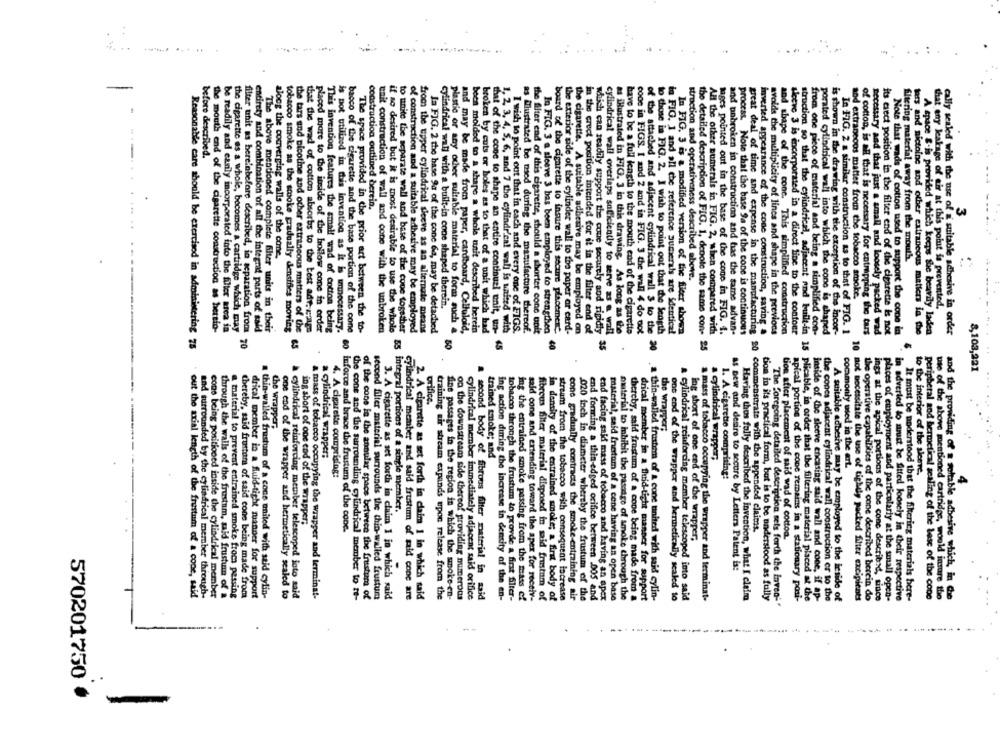
:
.. ..
-
before described.
construction outlined derein.
3
doog the converging walls of the cone,
filtering material away from the mouth.
stroction and operativeness described above.
and extraneoos matter from the tobacco smoke.
cylindrical wall with a built-in cone shaped therein.
that any leakage of wir at this point is prevented.
the mouth end of the cigarette construction as hettio-
be readily and early incorporated into the filter area in
the cigarette es a whole, becomes a cartridge which may
entirety and combination of all the integral parts of said
The above mentioned complete filter units in their
tobacco smoke as the smoke gradually densifies moving
the tars and nicotine and ocher extraneous matters of the
that the wad of cotton absorbs to the best adt. erage
placed more to the itside of the hollow cone in order
This invention features the small wad of cotton being
is not utilized in this invention as it is unnecessary.
bacco of the cigarette and the base portion of the cone
The space provided in the prior act between the to-
eait construction of wall and cone with the unbroken
if so desired but it is most desirable to use the whole
to unite the separate wall and base of the cove together
of construction and a suitable adhesive may be employed
from the upper cylindrical sleeve as an alternate means
Ja FIG. 2 the base 9% of the cone 6a, may be detached
plastic or any other suitable material to form such &
and may be made from paper, cardboard, Celluloid,
beca molded to a shape a whole unit described herein
broken by cuts or holes as to that of a unit which had
1, 2, 3, 4, 5, 6, and 7 the cylindr'cal wall is united with
I wish to point out that in each and every one of FIGS.
as illustrated be used during the manufacture thereof.
the filter end of this cigarette, should a shorter cono unit
In FIG. 3 a sleeve 3 bas been employed to strengthen
board of the cigarette to insure this secure placement
the exterior side of the cylinder wall to the paper or card-
have to be a full length to the mouth end of the cigaretto
come in FIGS. I and 2 and in FIG. 3 the wall 4 do not
to those in FIG. 2. I wish to point out that the Seagth
in FIG. 1 and all the reference sumerals are identical
In FIG. 3 is a modified version of the fieer shown
All the other numerals in FIG. 2, when compared with
tages pointed out in the base of the cone in FIG. 4.
and pobroken in construction and has the same advan-
and shape of the conc. This simplified construction
sleeve 3 is incorporated in a direct line to the contour
is shown in the drawing with the exception of the incor-
of cotton, is all that is necessary for entmapping the tars
Note that wads of cotton used to support the cone in
ters and nictoine and other extraneous matiers in the
cally sealed with the use of a suitable adhesive in order
that of the cone to shape an entire continual enit, un-
the cigarette. A suitable adhesive may be employed on
in the creet position intended for it in the filter end of
cylindrical wall overlaps sufficiently to serve as a wall
as illustrated in FIG. 3 in this drawing. As long as the
process. Note that the base Sa of the cone is continuous
great deal of time and expense in the manufacturing
inverted appearance of the cone construction, saving a
avolds the multiplicity of lines and shape in the previous
from one piece of material and being a simplified con-
porated cylindrical wall into which the cone is shaped
In FIG. 2 a similar construction as to that of FIG. 1
necessary and that just a small and loosely packed wad
its erect position in the filter end of the cigarette & not
A space &-is provided which keeps the beawily laden
Reasonable care should be exercised in administering 78
filter unit as bere'nbefore described, in separation from 70
65
45
which can readily support the coue securely and rigidly 35
50
of the attached and adjacent cylindrical wall $ to the 20
the detailed description of FIG. 1, denote the same con- 25
8,103,221
orifice.
the wrapper,
the wrapper;
a cylindrical wrapper:
trained smoke; and
a cylindrical wrapper,
4. A cigarette comprising:
commonly used in the art.
1. A cigarette comprising:
to the interior of the sleeve,
4
55 integral portions of a single member.
ing short of one end of the wrapper;
60 inforce and brace the frustum of the cone.
20 commenstrate with the appended claims.
ing short of one end of the wrapper,
tion aficr placement of mid wad of cotton.
As Dew and desire to secure by Letters Patent is:
and surrounded by the cylindrical member through-
cone being positioned inside the cylindrical member
through the walls of the frustum, said frustum of a
a material to prevent entrained smoke from passing
thereby, said frustam of said cone being made from
thin-walled frustum of a cons united with said cylin-
out the axial length of the frustum of a cope, said
drical member in a fluid-tight manner for support
one end of the wrapper and hermetically sealed to
cylindrical reinforcing member telescoped jcto said
A mass of tobacco occupying the wrapper and terminat-
the cone and the surrounding cylindrical member to te-
of the cone in the annular space betwece the Insstum of
second filter material surrounds the thin-walled frustum
3. A cigarette as set forth in claim 1 in which said
cylindrical member and said frustum of said cone are
2. A cigarette as set forth in claim 1 in which said
training wir stream expands upon release from the
fine passages in the region in which the smoke-en-
on the downstream side thereof providing numerous
cylindrical member immediately adjacent said orifice
second body of fibrous filter material in said
ing action during the increase in density of the en-
tobacco through the frustum to provde a first filter-
ing the entrained smoke passing from the mass ef
sald cone and extending toward the apex for receiv-
fibrous filter material disposed in said frustum of
in density of the entrained smoke; a first body of
stream from the tobacco with consequent lacrease
cone gradually contracts the smoke-entraining air
020 inch in diameter whereby the frustum of the
end forming a thin-edged orifice between 005 and
end facing said mass of tobacco and having an apex
material, said Inestum of a cone having an open base
material to inhibit the passage of smoke through the
thereby, said frustum of a cone being made from a
drical member in a fluid-tight manner for support
a thin-walled frustem of & cone united with said cylin-
ons end of the wrapper and herinetically sealed to
a cylindrical reinforcing member telescoped into said
a mass of tobacco occupying the wrapper and terminat-
Having thos folly described the Invention, what I claim
tion in its practical form, but is to be understood as fully
The foregoing detailed description sets forth the inven: "
apical portion of the coone remains in a stationary posi-
struction so that the cylindrical, adjacent rod built-in 18 plicable, in order that the filtering material placed at the
Inside of the sleeve encasing said wall and cone, if ap-
the cones adjacent cylindrical wall construction er to the
A suitable adhesive muy be employed to the leside of
10 not necessitate the use of tighdy packed filter excipients
the operative capabilities of the cone described herein do
ings at the apical portions of the cone describe, since
places of employment and particularly at the small open-
in adverled lo must be fitted loosely in their respective
It must be understood that the filtering materials here-
peripheral and hermetical sealing of the best of the cone
use of the above mentioned cartridge, would insure the
and the providing of a soltable adhesive which, in Che
570201750